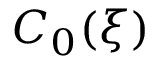
C _ { 0 } ( \xi )